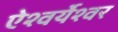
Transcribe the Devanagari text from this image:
ऐश्वर्येश्वर